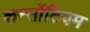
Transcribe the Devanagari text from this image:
कर्न्सोटियम